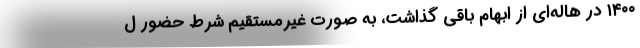
۱۴۰۰ در هاله‌ای از ابهام باقی گذاشت، به صورت غیرمستقیم شرط حضور ل